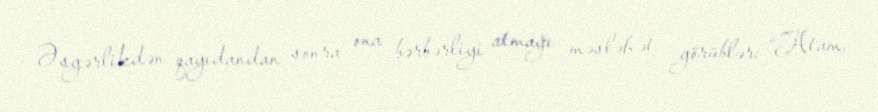
Əsgərlikdən qayıdandan sonra ona bərbərliyi atmağı məsləhət görüblər: “Atam,